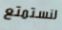
لنستمتع